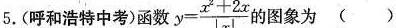
5.(呼和浩特中考)函数 $$y= \frac{x^{2}+2x}{|x|}$$ 的图象为( )